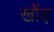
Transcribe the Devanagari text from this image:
खोंड़